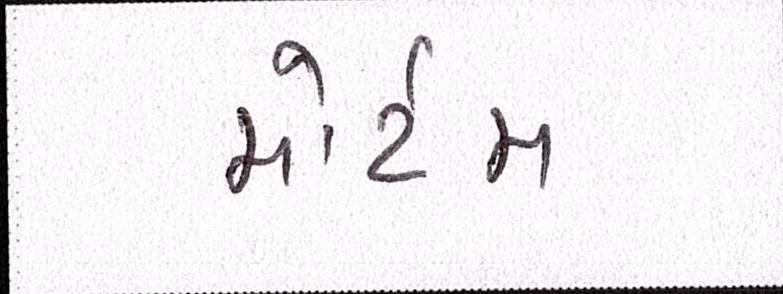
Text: મોર્ટમ